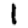
Digit: 1